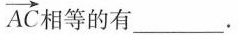
\overrightarrow{AC} 相等的有_______。